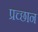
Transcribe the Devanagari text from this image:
प्रच्छान